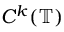
C ^ { k } ( \mathbb { T } )